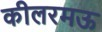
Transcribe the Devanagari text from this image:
कीलरमऊ